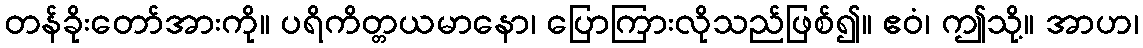
တန်ခိုးတော်အားကို။ ပရိကိတ္တယမာနော၊ ပြောကြားလိုသည်ဖြစ်၍။ ဧဝံ၊ ဤသို့။ အာဟ၊